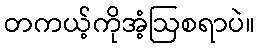
တကယ့်ကိုအံ့ဩစရာပဲ။